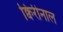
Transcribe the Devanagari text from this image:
क्विरीनाल